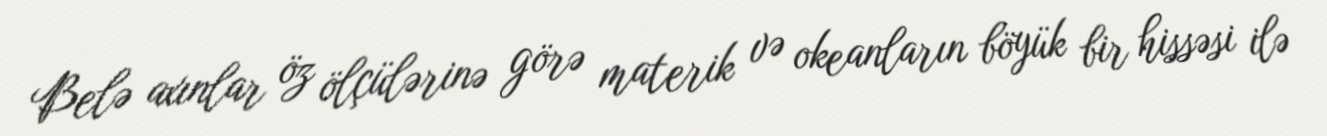
Belə axınlar öz ölçülərinə görə materik və okeanların böyük bir hissəsi ilə